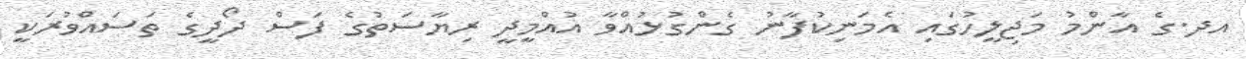
އދ.ގެ އާންމު މަޖިލީހުގައި އެމަނިކުފާނު ގެންގުޅުއްވާ އުއްމީދީ ރިޔާސަތުގެ ފަސް ދޯދީގެ ތަސައްވުރަކީ